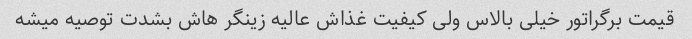
قیمت برگراتور خیلی بالاس ولی کیفیت غذاش عالیه زینگر هاش بشدت توصیه میشه